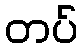
တပ်